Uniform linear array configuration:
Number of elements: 8
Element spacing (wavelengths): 0.25
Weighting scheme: hamming
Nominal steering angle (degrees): -30
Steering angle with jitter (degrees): -30.206
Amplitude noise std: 0.05
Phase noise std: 0.05

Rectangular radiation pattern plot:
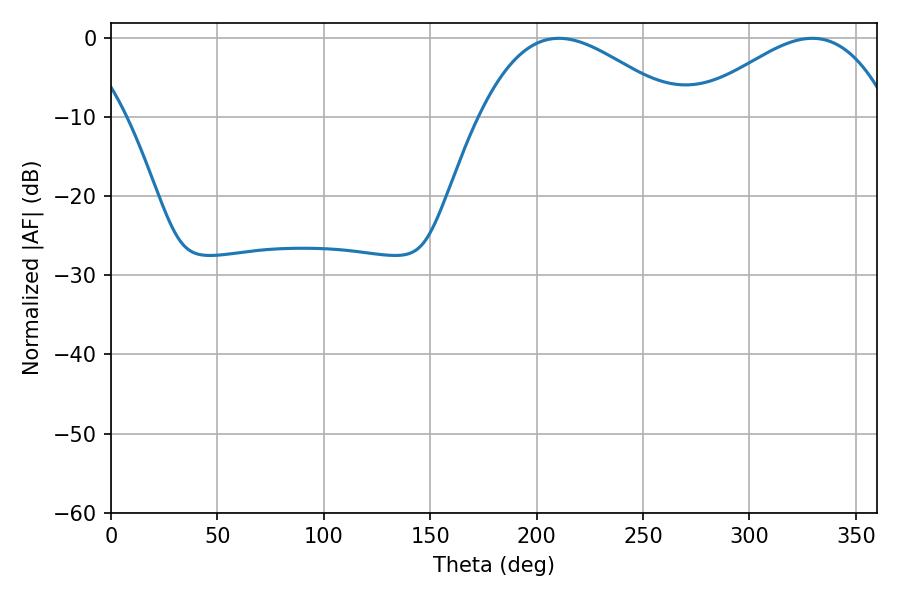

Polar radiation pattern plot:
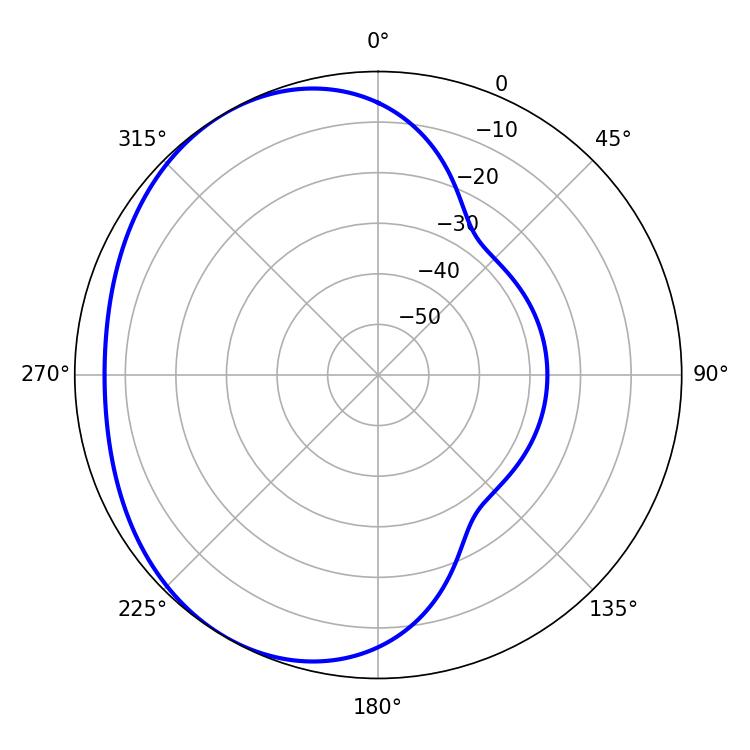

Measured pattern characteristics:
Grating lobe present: FALSE
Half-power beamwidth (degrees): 50.76
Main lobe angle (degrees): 210.42